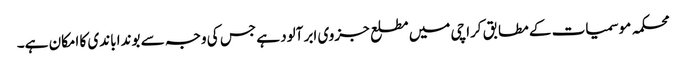
محکمہ موسمیات کے مطابق کراچی میں مطلع جزوی ابر آلود ہے جس کی وجہ سے بوندا باندی کا امکان ہے۔